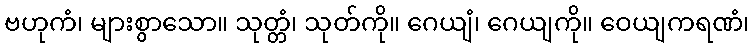
ဗဟုကံ၊ များစွာသော။ သုတ္တံ၊ သုတ်ကို။ ဂေယျံ၊ ဂေယျကို။ ဝေယျကရဏံ၊